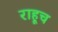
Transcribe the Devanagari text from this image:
राहूच